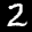
Label: 2